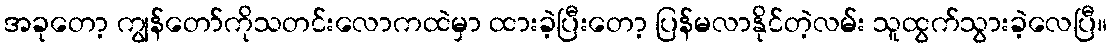
အခုတော့ ကျွန်တော်ကိုသတင်းလောကထဲမှာ ထားခဲ့ပြီးတော့ ပြန်မလာနိုင်တဲ့လမ်း သူထွက်သွားခဲ့လေပြီ။